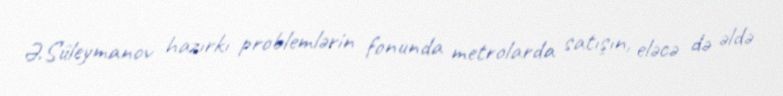
Ə.Süleymanov hazırkı problemlərin fonunda metrolarda satışın, eləcə də əldə